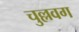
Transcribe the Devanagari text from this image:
चुल्लवग